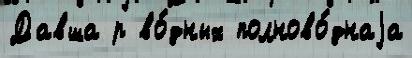
Давша р во́дных полново́днаjа